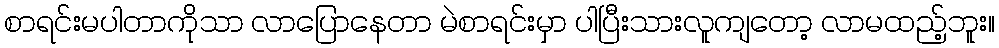
စာရင်းမပါတာကိုသာ လာပြောနေတာ မဲစာရင်းမှာ ပါပြီးသားလူကျတော့ လာမထည့်ဘူး။